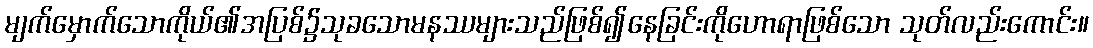
မျက်မှောက်သောကိုယ်၏အပြစ်၌သုခသောမနဿများသည်ဖြစ်၍နေခြင်းကိုဟောရာဖြစ်သော သုတ်လည်းကောင်း။